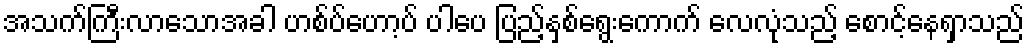
အသက်ကြီးလာသောအခါ ဟစ်ပ်ဟော့ပ် ပါပေ ပြည့်နှစ်ရွေးကောက် လေလုံသည့် စောင့်နေရှာသည်